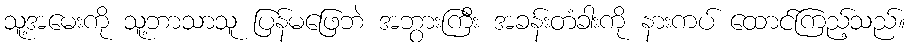
သူ့အမေးကို သူ့ဘာသာသူ ပြန်မဖြေဘဲ အဘွားကြီး အခန်းတံခါးကို နားကပ် ထောင်ကြည့်သည်။